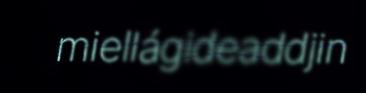
miellágideaddjin